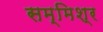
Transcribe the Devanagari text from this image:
सम्‍मिश्र